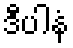
ဒီပါနံ